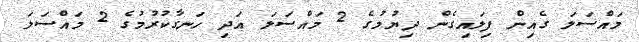
މައްސަލަ ގެއިން ފިލައިގެން ދިޔުމުގެ 2 މައްސަލަ އަދި ހަނގާކުރުމުގެ 2 މައްސަލަ